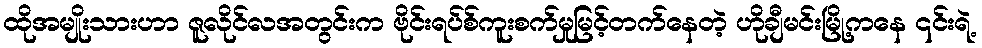
ထိုအမျိုးသားဟာ ဇူလိုင်လအတွင်းက ဗိုင်းရပ်စ်ကူးစက်မှုမြင့်တက်နေတဲ့ ဟိုချီမင်းမြို့ကနေ ၎င်းရဲ့